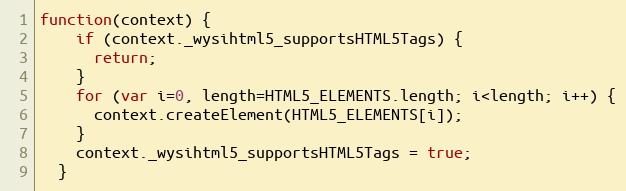
Language: JavaScript
function(context) {
    if (context._wysihtml5_supportsHTML5Tags) {
      return;
    }
    for (var i=0, length=HTML5_ELEMENTS.length; i<length; i++) {
      context.createElement(HTML5_ELEMENTS[i]);
    }
    context._wysihtml5_supportsHTML5Tags = true;
  }